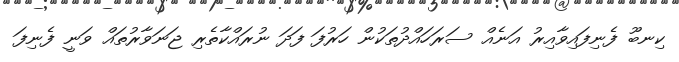
ކިނބޫ ފެނިފައިވާއިރު އަނެއް ސަރަހައްދުތަކުން ހަރުފަ ފަދަ ނުރައްކާތެރި ޖަނަވާރުތައް ވަނީ ފެނިފަ